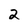
Character: 2